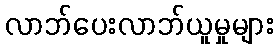
လာဘ်ပေးလာဘ်ယူမှုများ